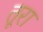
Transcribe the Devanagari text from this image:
तूरा